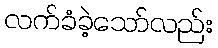
လက်ခံခဲ့သော်လည်း